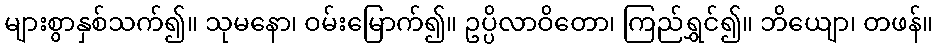
များစွာနှစ်သက်၍။ သုမနော၊ ဝမ်းမြောက်၍။ ဥပ္ပိလာဝိတော၊ ကြည်ရွှင်၍။ ဘိယျော၊ တဖန်။